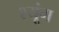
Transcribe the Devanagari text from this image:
श्यूंग